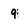
Character: 9